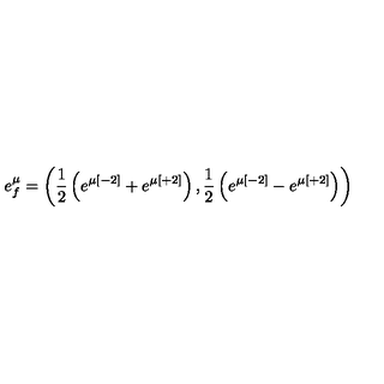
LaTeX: e _ { f } ^ { \mu } = \left( { \frac { 1 } { 2 } } \left( e ^ { \mu [ - 2 ] } + e ^ { \mu [ + 2 ] } \right) , { \frac { 1 } { 2 } } \left( e ^ { \mu [ - 2 ] } - e ^ { \mu [ + 2 ] } \right) \right)